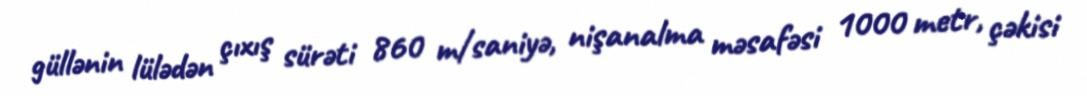
güllənin lülədən çıxış sürəti 860 m/saniyə, nişanalma məsafəsi 1000 metr, çəkisi